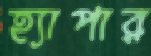
হ্যাপার